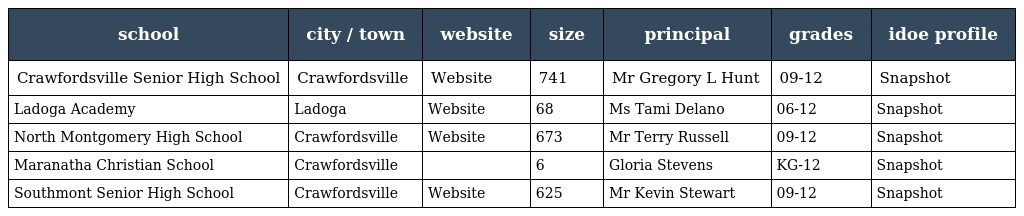
| school | city / town | website | size | principal | grades | idoe profile |
 | --- | --- | --- | --- | --- | --- | --- |
 | Crawfordsville Senior High School | Crawfordsville | Website | 741 | Mr Gregory L Hunt | 09-12 | Snapshot |
 | Ladoga Academy | Ladoga | Website | 68 | Ms Tami Delano | 06-12 | Snapshot |
 | North Montgomery High School | Crawfordsville | Website | 673 | Mr Terry Russell | 09-12 | Snapshot |
 | Maranatha Christian School | Crawfordsville |  | 6 | Gloria Stevens | KG-12 | Snapshot |
 | Southmont Senior High School | Crawfordsville | Website | 625 | Mr Kevin Stewart | 09-12 | Snapshot |